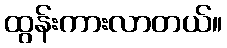
ထွန်းကားလာတယ်။